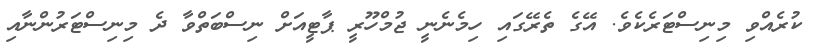
ކުރެއްވި މިނިސްޓަރެކެވެ. އޭގެ ތެރޭގައި ހިމެނެނީ ޖުމްހޫރީ ޕާޓީއަށް ނިސްބަތްވާ ދެ މިނިސްޓަރުންނާއި